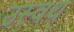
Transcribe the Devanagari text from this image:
उस्वथ्